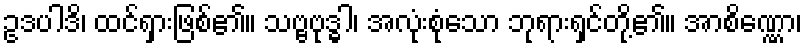
ဥဒပါဒိ၊ ထင်ရှားဖြစ်၏။ သဗ္ဗဗုဒ္ဓါ၊ အလုံးစုံသော ဘုရားရှင်တို့၏။ အာစိဏ္ဏော၊